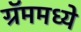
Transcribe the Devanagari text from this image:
ग्रॅममध्ये